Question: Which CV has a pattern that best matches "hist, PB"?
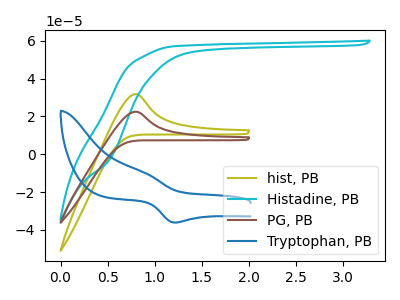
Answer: <think>The olive curve "hist, PB" has an anodic peak at: (0.80V, 31.75uA). The cyan curve "Histadine, PB" has no peaks. The brown curve "PG, PB" has an anodic peak at: (0.80V, 22.50uA). The blue curve "Tryptophan, PB" has an anodic peak at (0.90V, -9.90uA) and a cathodic peak at (1.20V, -36.15uA).
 "hist, PB" and "Histadine, PB" have a different number of peaks. All the peaks in "hist, PB" have a peak in "PG, PB" at the same potential. Every peak in "hist, PB" is higher than every peak in "PG, PB". "hist, PB" and "Tryptophan, PB" have a different number of peaks. "Histadine, PB" and "PG, PB" have a different number of peaks. "Histadine, PB" and "Tryptophan, PB" have a different number of peaks. "PG, PB" and "Tryptophan, PB" have a different number of peaks.</think>
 <answer>The CV with the most similar shape to "PG, PB" is "hist, PB".</answer>
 <eval>"hist, PB"</eval>